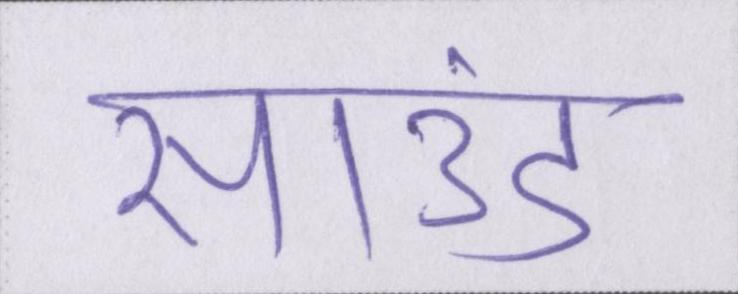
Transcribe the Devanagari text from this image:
साउंड